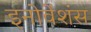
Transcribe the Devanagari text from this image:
इनोवेंशंस